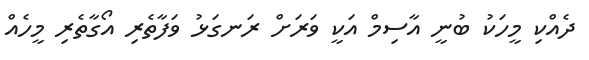
ދެއްކި މީހަކު ބުނީ އާސިމް އަކީ ވަރަށް ރަނގަޅު ވަފާތެރި އޯގާތެރި މީހެއް